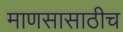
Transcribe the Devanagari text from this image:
माणसासाठीच